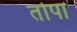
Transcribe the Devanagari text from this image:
तोपा